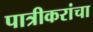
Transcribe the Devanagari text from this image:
पात्रीकरांचा